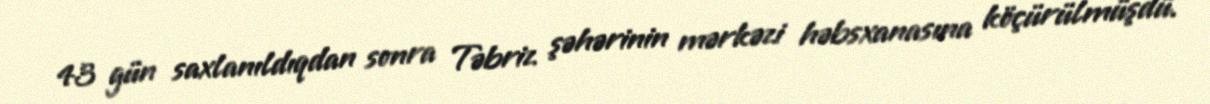
43 gün saxlanıldıqdan sonra Təbriz şəhərinin mərkəzi həbsxanasına köçürülmüşdü.